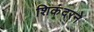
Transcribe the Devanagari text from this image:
शिकंदरने